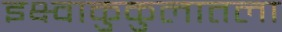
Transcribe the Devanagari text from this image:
इक्ष्वाकुकुलातला